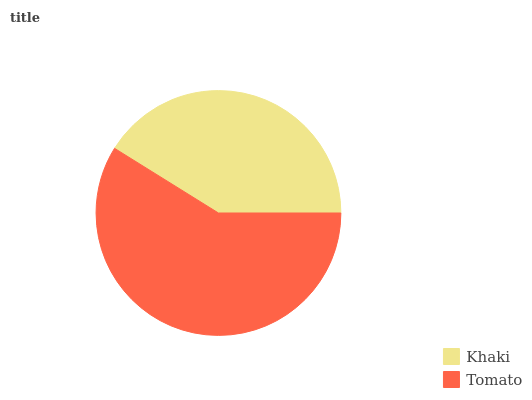
| Khaki | Tomato |
 | --- | --- |
 | 41.1% | 58.9% |